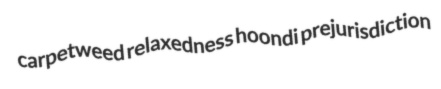
carpetweed relaxedness hoondi prejurisdiction